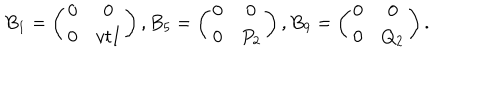
B _ { 1 } = \left( \begin{array} { c c } { { 0 } } & { { 0 } } \\ { { 0 } } & { { v t I } } \\ \end{array} \right) , B _ { 5 } = \left( \begin{array} { c c } { { 0 } } & { { 0 } } \\ { { 0 } } & { { P _ { 2 } } } \\ \end{array} \right) , B _ { 9 } = \left( \begin{array} { c c } { { 0 } } & { { 0 } } \\ { { 0 } } & { { Q _ { 2 } } } \\ \end{array} \right) .